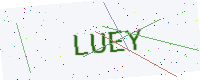
Text: LUEY